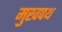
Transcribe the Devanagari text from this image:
मुखपथ